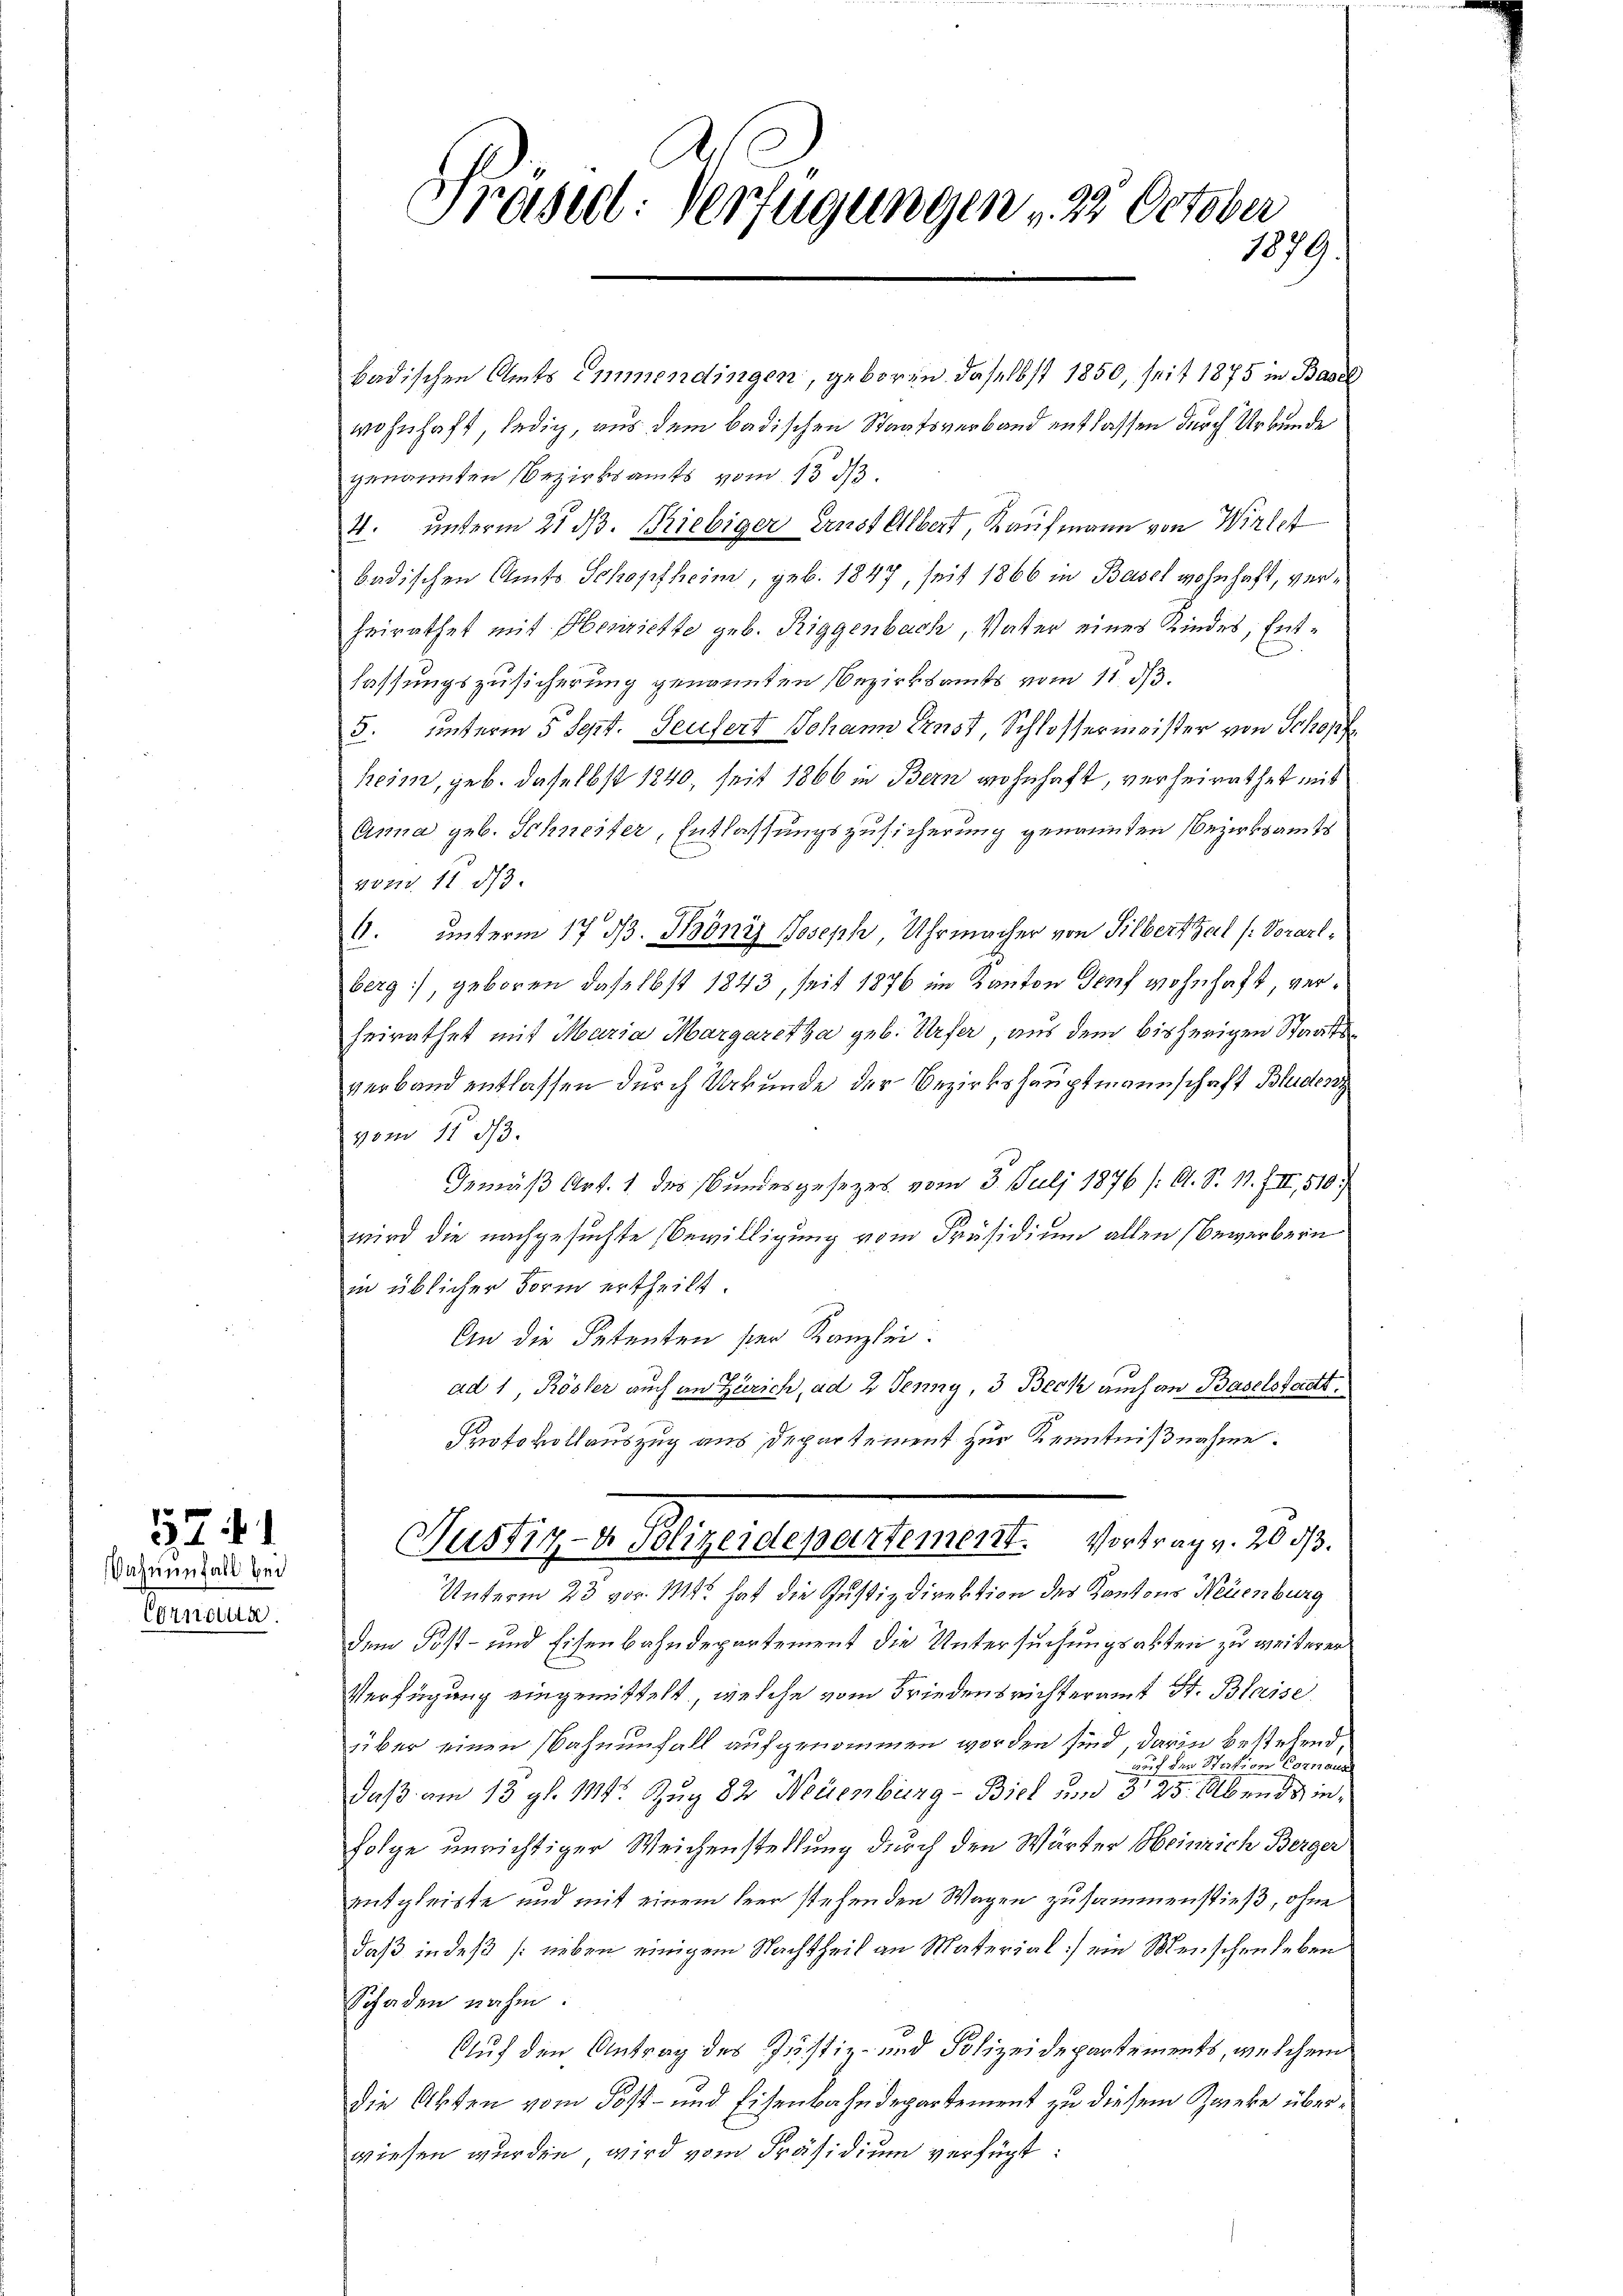
Dahnunfall bei
Ernann

152 f. 1

Präseel. Verfügungen , 23 October
1879.

badischen Amts Emmendingen, geboren daselbst 1850, seit 1875 in Basel
wohnhaft, ledig, aus dem badischen Staatsverband entlassen durch Urkunde
genannten Bezirksamts vom 15. ds.
4. unterm 21. ds. Giebiger Ernstellbert, Kaufmann von Wirter
badischen Amts Schopfheim, geb. 1847, seit 1866 in Basel wohnhaft, ver¬
Heirathet mit Oberriette geb. Riggenbach, Vater eines Kindes, Entlassungszusicherung genannten Bezirksamts vom 11. 33.
5. unterm 5 Sept. Teufert Johann Ernst, Schlossermeister von Schopf
heim, geb. daselbst 1840, seit 1866 in Bern wohnhaft, verheirathet mit
Anna geb. Schneiter, Entlassungszusicherung genannten Bezirksamts
1021. 11. 573.
4. unterm 17. d. Phöniz Joseph, Uhrmacher von Silberthal (: Vorarlberg, geboren daselbst 1843, seit 1876 im Kanton Genf wohnhaft, verheirathet mit Maria Margaretha geb. Urfer, aus dem bisherigen Staatsverband entlassen durch Urkunde der Bezirkshauptmannschaft Bluden
vom 11. 53.
Gemäß Art. 1 des Bundesgesezes vom 3. Juli 1876 /: A. S. 11. III, 510
wird die nachgesuchte Bewilligung vom Präsidium allen (Bewerbern
in üblicher Form ertheilt.
An die Petenten hier Kanzlei:
ad 1 Rösler auch an Zürich, ad 2 Jenny, 3 Beck auch an Baselstadtt
Protokollauszug aus Departement zur Kenntnißnahme.
Justiz- & Polizeidepartement. Vortrag v. 20 d
Unterm 23 vor. Mts. hat die Justizdirektion des Kantons Neuenburg
dem Post- und Eisenbahndepartement die Untersuchungsakten zu weiterer
Verfügung eingerüttelt, welche vom Friedensrichteramt St. Blaise
über einen Bahnenfall aufgenommen worden sind, darin bestehend,
auf den Station Cornann
daß am 13. gl. 1111. Zug 82 Neuenburg - Biel um 325. Abends in
Folge unrichtiger Weichenstellung durch den Wärter Heinrich Berger
entgleiste und mit einem Heer stehenden Wagen zusammenstieß, ohne
daß indeß (neben einigem Nachtheil an Material] ein Menschenleben
Schaden nahm.
Auf den Antrag des Justiz- und Polizeidepartements, welchem
die Akten vom Post- und Eisenbahndepartement zu diesem Zweke überwiesen wurden, wird vom Präsidium verfügt: